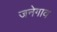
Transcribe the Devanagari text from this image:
जनेगाव